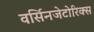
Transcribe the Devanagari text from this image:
वर्सिनजेटोरिक्स